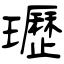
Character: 瓑